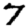
Digit: 7